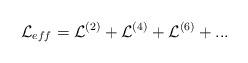
LaTeX: \begin{align*}{\cal L}_{eff}= {\cal L}^{(2)}+ {\cal L}^{(4)}+ {\cal L}^{(6)} + ...\end{align*}